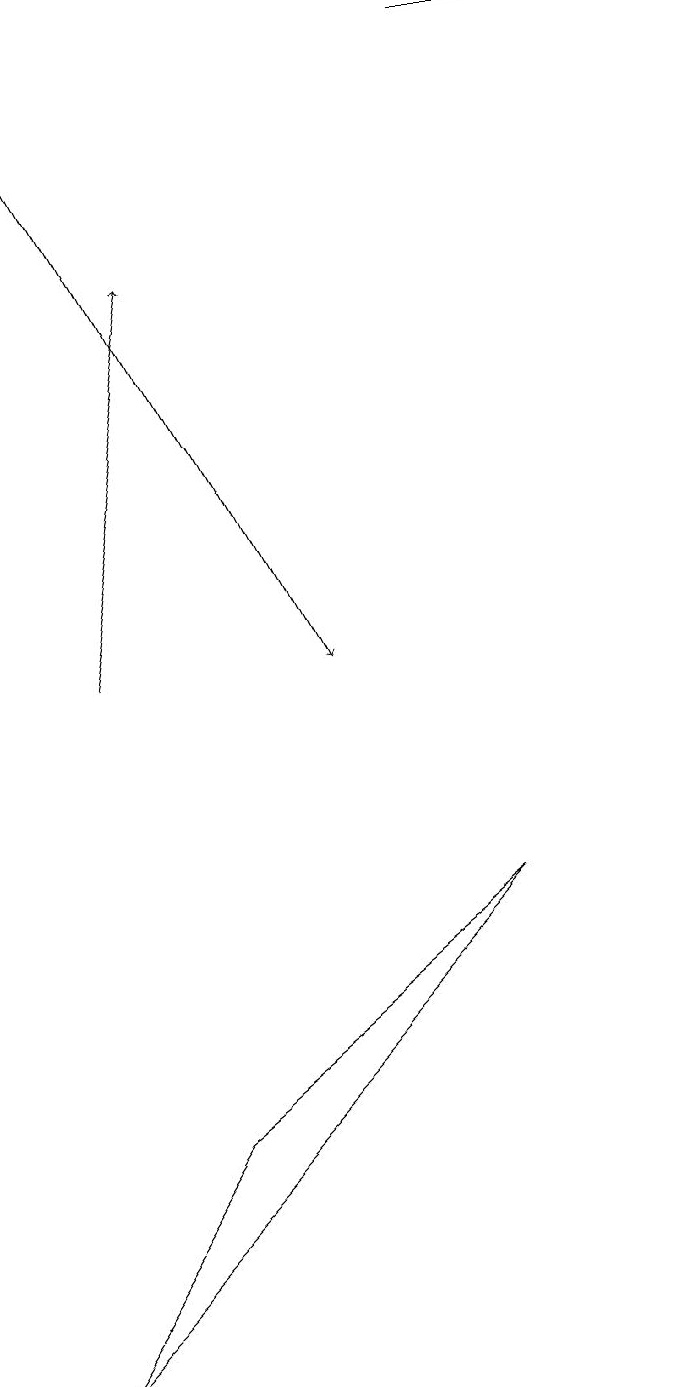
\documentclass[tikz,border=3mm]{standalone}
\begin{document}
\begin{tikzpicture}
\draw[->] (1,10) -- (2,15);
\draw[->] (6,18) -- (8,18);
\draw (0,1) -- (2,4) -- (6,7) -- cycle;
\draw[->] (0,18) -- (4,10);
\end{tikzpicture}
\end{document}